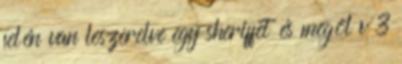
felén van leszerelve egy sheriffet és megöl v 3